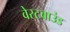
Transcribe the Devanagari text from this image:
वेस्टबाउंड